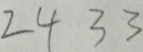
2 4 3 3